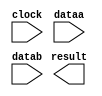
// megafunction wizard: %LPM_MULT%VBB%
// GENERATION: STANDARD
// VERSION: WM1.0
// MODULE: lpm_mult 

// ============================================================
// Megafunction Name(s):
// 			lpm_mult
//
// Simulation Library Files(s):
// 			lpm
// ============================================================
// ************************************************************
// THIS IS A WIZARD-GENERATED FILE. DO NOT EDIT THIS FILE!
//
// 17.0.0 Build 595 04/25/2017 SJ Lite Edition
// ************************************************************

//Copyright (C) 2017  Intel Corporation. All rights reserved.
//Your use of Intel Corporation's design tools, logic functions 
//and other software and tools, and its AMPP partner logic 
//functions, and any output files from any of the foregoing 
//(including device programming or simulation files), and any 
//associated documentation or information are expressly subject 
//to the terms and conditions of the Intel Program License 
//Subscription Agreement, the Intel Quartus Prime License Agreement,
//the Intel MegaCore Function License Agreement, or other 
//applicable license agreement, including, without limitation, 
//that your use is for the sole purpose of programming logic 
//devices manufactured by Intel and sold by Intel or its 
//authorized distributors.  Please refer to the applicable 
//agreement for further details.

module frac_mult (
	clock,
	dataa,
	datab,
	result);

	input	  clock;
	input	[26:0]  dataa;
	input	[26:0]  datab;
	output	[28:0]  result;

endmodule

// ============================================================
// CNX file retrieval info
// ============================================================
// Retrieval info: PRIVATE: AutoSizeResult NUMERIC "0"
// Retrieval info: PRIVATE: B_isConstant NUMERIC "0"
// Retrieval info: PRIVATE: ConstantB NUMERIC "0"
// Retrieval info: PRIVATE: INTENDED_DEVICE_FAMILY STRING "Cyclone IV E"
// Retrieval info: PRIVATE: LPM_PIPELINE NUMERIC "2"
// Retrieval info: PRIVATE: Latency NUMERIC "1"
// Retrieval info: PRIVATE: SYNTH_WRAPPER_GEN_POSTFIX STRING "0"
// Retrieval info: PRIVATE: SignedMult NUMERIC "0"
// Retrieval info: PRIVATE: USE_MULT NUMERIC "1"
// Retrieval info: PRIVATE: ValidConstant NUMERIC "1"
// Retrieval info: PRIVATE: WidthA NUMERIC "27"
// Retrieval info: PRIVATE: WidthB NUMERIC "27"
// Retrieval info: PRIVATE: WidthP NUMERIC "29"
// Retrieval info: PRIVATE: aclr NUMERIC "0"
// Retrieval info: PRIVATE: clken NUMERIC "0"
// Retrieval info: PRIVATE: new_diagram STRING "1"
// Retrieval info: PRIVATE: optimize NUMERIC "1"
// Retrieval info: LIBRARY: lpm lpm.lpm_components.all
// Retrieval info: CONSTANT: LPM_HINT STRING "MAXIMIZE_SPEED=9"
// Retrieval info: CONSTANT: LPM_PIPELINE NUMERIC "2"
// Retrieval info: CONSTANT: LPM_REPRESENTATION STRING "UNSIGNED"
// Retrieval info: CONSTANT: LPM_TYPE STRING "LPM_MULT"
// Retrieval info: CONSTANT: LPM_WIDTHA NUMERIC "27"
// Retrieval info: CONSTANT: LPM_WIDTHB NUMERIC "27"
// Retrieval info: CONSTANT: LPM_WIDTHP NUMERIC "29"
// Retrieval info: USED_PORT: clock 0 0 0 0 INPUT NODEFVAL "clock"
// Retrieval info: USED_PORT: dataa 0 0 27 0 INPUT NODEFVAL "dataa[26..0]"
// Retrieval info: USED_PORT: datab 0 0 27 0 INPUT NODEFVAL "datab[26..0]"
// Retrieval info: USED_PORT: result 0 0 29 0 OUTPUT NODEFVAL "result[28..0]"
// Retrieval info: CONNECT: @clock 0 0 0 0 clock 0 0 0 0
// Retrieval info: CONNECT: @dataa 0 0 27 0 dataa 0 0 27 0
// Retrieval info: CONNECT: @datab 0 0 27 0 datab 0 0 27 0
// Retrieval info: CONNECT: result 0 0 29 0 @result 0 0 29 0
// Retrieval info: GEN_FILE: TYPE_NORMAL frac_mult.v TRUE
// Retrieval info: GEN_FILE: TYPE_NORMAL frac_mult.inc FALSE
// Retrieval info: GEN_FILE: TYPE_NORMAL frac_mult.cmp FALSE
// Retrieval info: GEN_FILE: TYPE_NORMAL frac_mult.bsf FALSE
// Retrieval info: GEN_FILE: TYPE_NORMAL frac_mult_inst.v FALSE
// Retrieval info: GEN_FILE: TYPE_NORMAL frac_mult_bb.v TRUE
// Retrieval info: LIB_FILE: lpm